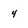
Character: 4